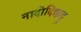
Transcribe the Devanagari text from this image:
नादोदिक्काट्टू